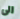
الى